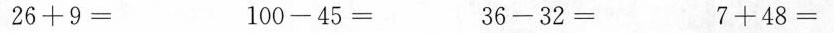
$$2 6 + 9 =$$ $$1 0 0 - 4 5 =$$ $$3 6 - 3 2 =$$ $$7 + 4 8 =$$